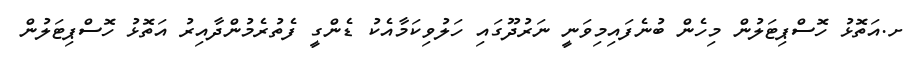
ށ.އަތޮޅު ހޮސްޕިޓަލުން މިހެން ބުނެފައިމިވަނީ ނަރުދޫގައި ހަލުވިކަމާއެކު ޑެންގީ ފެތުރެމުންދާއިރު އަތޮޅު ހޮސްޕިޓަލުން